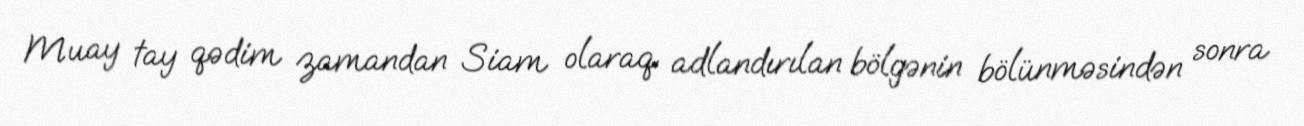
Muay tay qədim zamandan Siam olaraq adlandırılan bölgənin bölünməsindən sonra